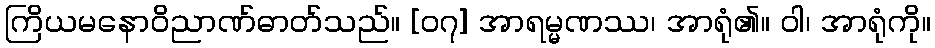
ကြိယမနောဝိညာဏ်ဓာတ်သည်။ [၀၇] အာရမ္မဏဿ၊ အာရုံ၏။ ဝါ၊ အာရုံကို။